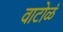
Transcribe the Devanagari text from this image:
वाटोळं